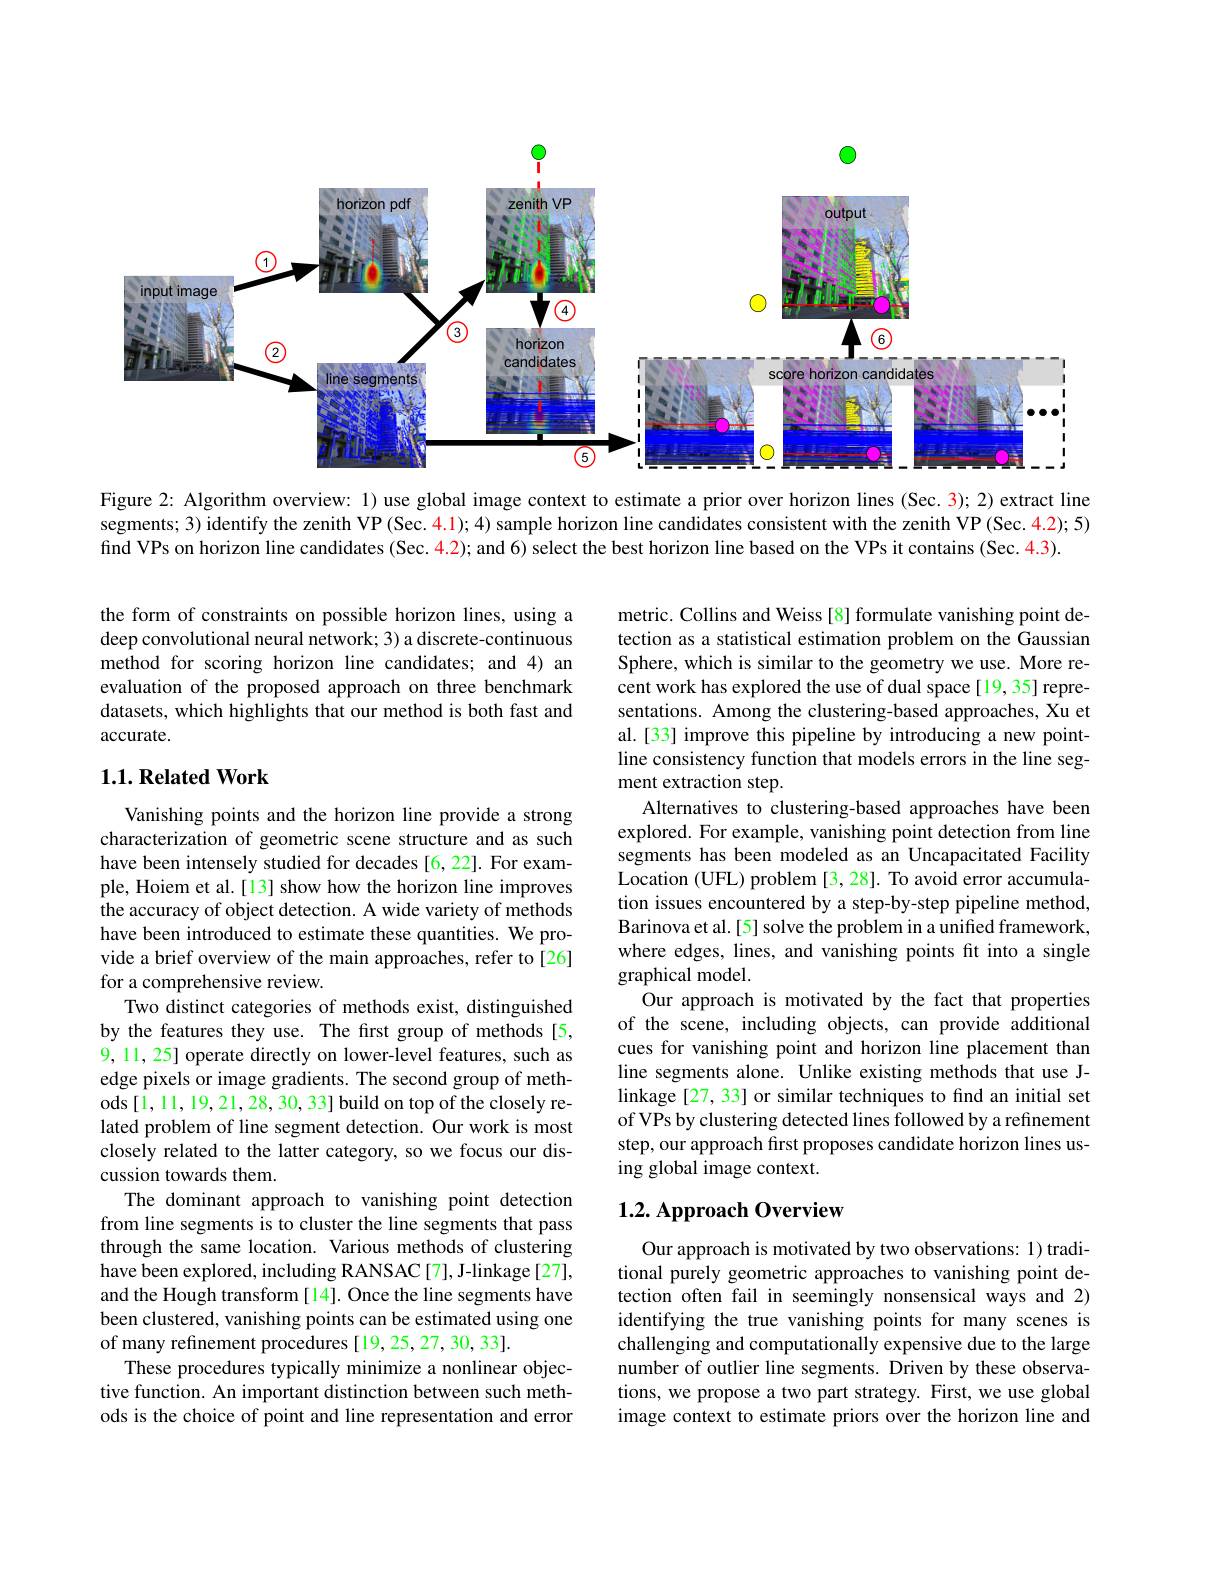
<FigureHere>

Figure 2: Algorithm overview: 1) use global image context to estimate a prior over horizon lines (Sec. 3); 2) extract line segments; 3) identify the zenith VP(Sec. 4.1); 4) sample horizon line candidates consistent with the zenith VP (Sec. 4.2); 5) find VPs on horizon line candidates (Sec. $\color{red}{4.2});$ and 6) select the best horizon line based on the VPs it contains (Sec. 4.3).

the form of constraints on possible horizon lines, using a deep convolutional neural network; 3) a discrete-continuous method for scoring horizon line candidates; and 4) an evaluation of the proposed approach on three benchmark datasets, which highlights that our method is both fast and accurate.

### $1. 1. \textbf{Related Work}$

metric. Collins and Weiss [8] formulate vanishing point detection as a statistical estimation problem on the Gaussian Sphere, which is similar to the geometry we use. More recent work has explored the use of dual space[19,35] representations. Among the clustering-based approaches, Xu et al.[33] improve this pipeline by introducing a new pointline consistency function that models errors in the line segment extraction step.
Alternatives to clustering-based approaches have been explored. For example, vanishing point detection from line segments has been modeled as an Uncapacitated Facility Location (UFL) problem [3, 28]. To avoid error accumulation issues encountered by a step-by-step pipeline method, Barinova et al.[5] solve the problem in a unified framework, where edges, lines, and vanishing points fit into a single graphical model.
Our approach is motivated by the fact that properties of the scene, including objects, can provide additional cues for vanishing point and horizon line placement than line segments alone. Unlike existing methods that use Jlinkage [27, 33] or similar techniques to find an initial set of VPs by clustering detected lines followed by a refinement step, our approach first proposes candidate horizon lines using global image context.

Vanishing points and the horizon line provide a strong characterization of geometric scene structure and as such have been intensely studied for decades [6,22]. For example, Hoiem et al.[13] show how the horizon line improves the accuracy of object detection. A wide variety of methods have been introduced to estimate these quantities. We provide a brief overview of the main approaches, refer to[26] for a comprehensive review.
Two distinct categories of methods exist, distinguished by the features they use. The first group of methods [5, 9, 11, 25] operate directly on lower-level features, such as edge pixels or image gradients. The second group of methods [1,11,19,21,28,30,33] build on top of the closely related problem of line segment detection. Our work is most closely related to the latter category, so we focus our discussion towards them.
The dominant approach to vanishing point detection from line segments is to cluster the line segments that pass through the same location. Various methods of clustering have been explored, including RANSAC[7], J-linkage[27], and the Hough transform [14]. Once the line segments have been clustered, vanishing points can be estimated using one of many refinement procedures[19,25,27,30,33].
These procedures typically minimize a nonlinear objective function. An important distinction between such methods is the choice of point and line representation and error

# 1.2. Approach Overview

Our approach is motivated by two observations: 1) traditional purely geometric approaches to vanishing point detection often fail in seemingly nonsensical ways and 2) identifying the true vanishing points for many scenes is challenging and computationally expensive due to the large number of outlier line segments. Driven by these observations, we propose a two part strategy. First, we use global image context to estimate priors over the horizon line and